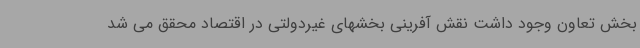
بخش تعاون وجود داشت نقش آفرینی بخشهای غیردولتی در اقتصاد محقق می شد